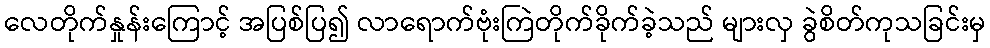
လေတိုက်နှုန်းကြောင့် အပြစ်ပြ၍ လာရောက်ဗုံးကြဲတိုက်ခိုက်ခဲ့သည် များလှ ခွဲစိတ်ကုသခြင်းမှ